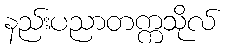
နည်းပညာတက္ကသိုလ်